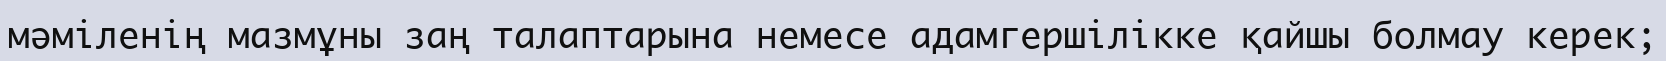
мәміленің мазмұны заң талаптарына немесе адамгершілікке қайшы болмау керек;